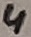
Text: 4